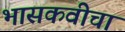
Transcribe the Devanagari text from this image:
भासकवीचा